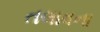
તલાવના